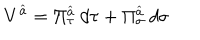
V ^ { \widehat { a } } = \Pi _ { \tau } ^ { \widehat { a } } \: d \tau + \Pi _ { \sigma } ^ { \widehat { a } } \: d \sigma